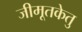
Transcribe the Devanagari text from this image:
जीमूतकेतु